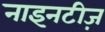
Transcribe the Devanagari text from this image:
नाइनटीज़